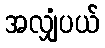
အလျှံပယ်